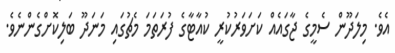
އެވެ. މިލަދޫން ސެމީގެ ޖާގައެއް ކަށަވަރުކުރީ ކުއާޓާގެ ފުރަތަމަ މެޗުގައި މަނަދޫ ބަލިކޮށްގެންނެވެ.